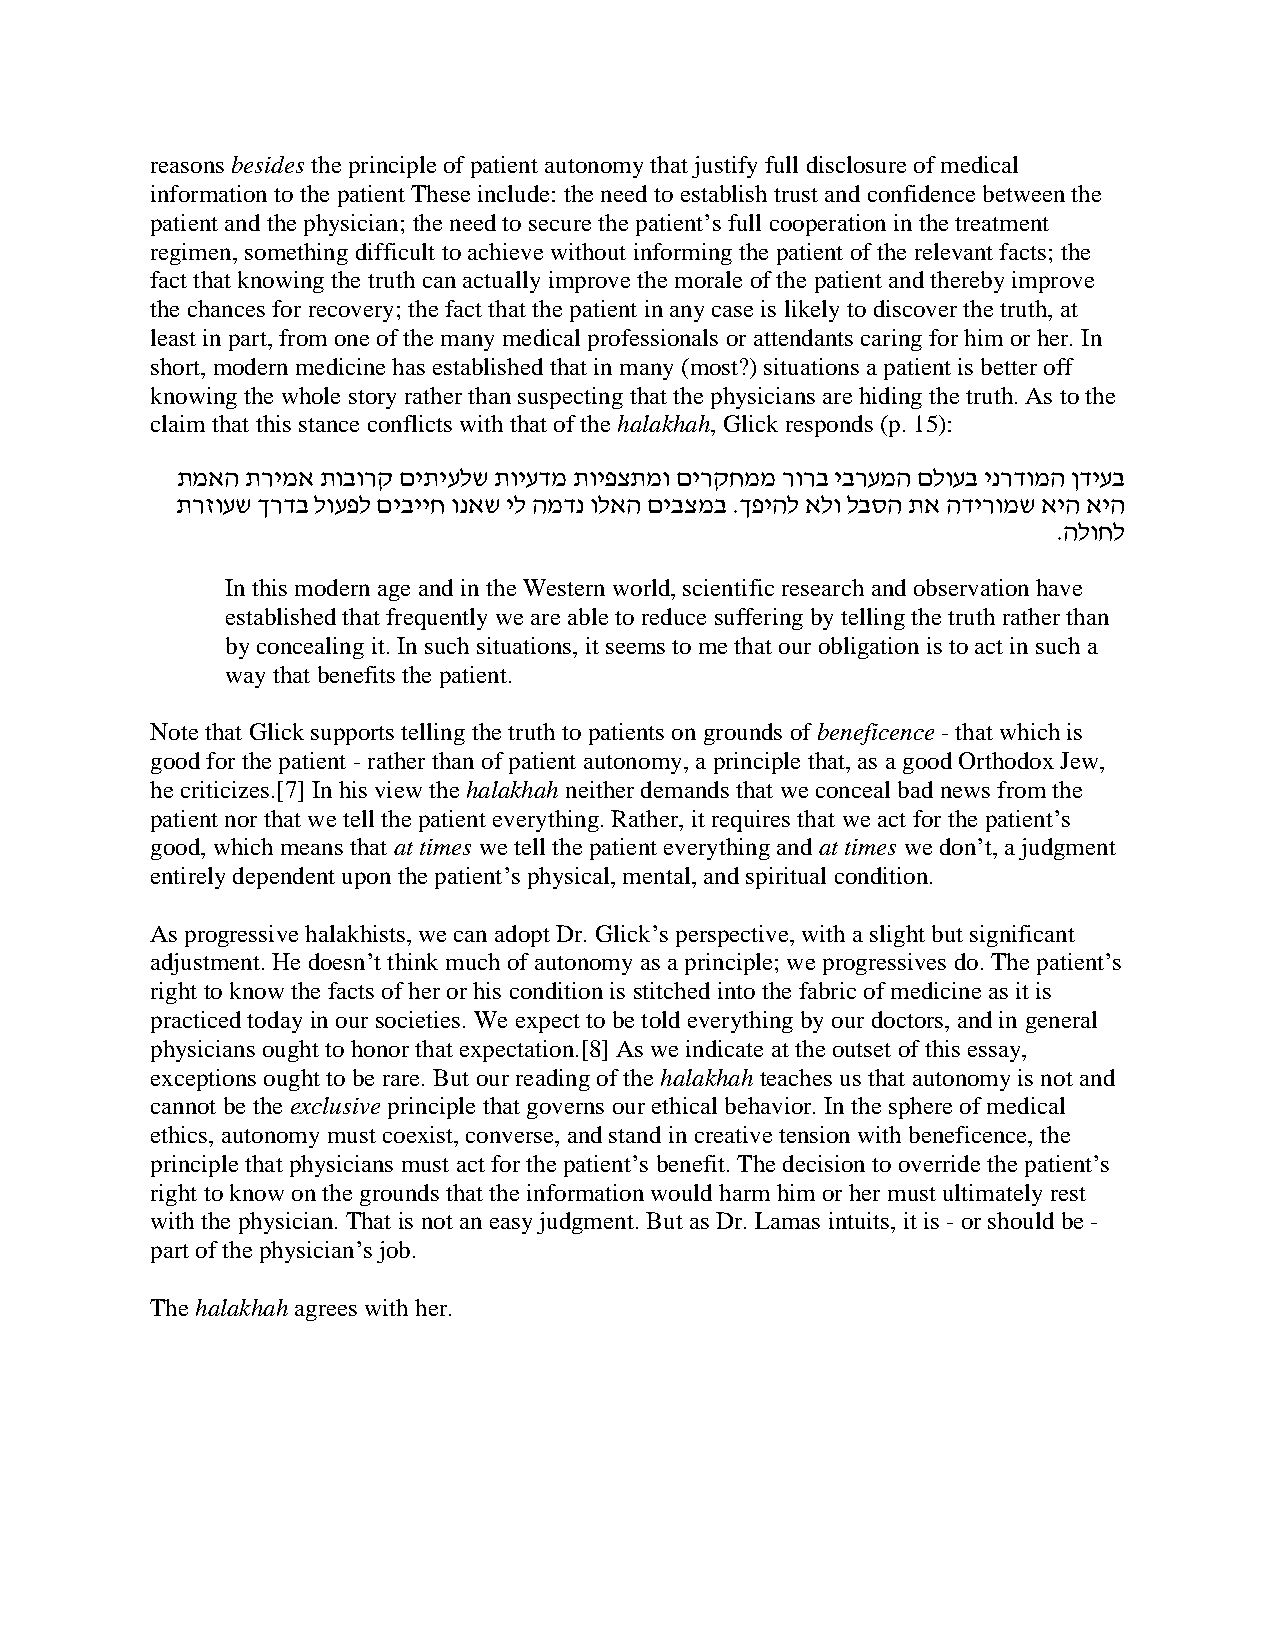
reasons besides the principle of patient autonomy that justify full disclosure of medical
 information to the patient These include: the need to establish trust and confidence between the
 patient and the physician; the need to secure the patient’s full cooperation in the treatment
 regimen, something difficult to achieve without informing the patient of the relevant facts; the
 fact that knowing the truth can actually improve the morale of the patient and thereby improve
 the chances for recovery; the fact that the patient in any case is likely to discover the truth, at
 least in part, from one of the many medical professionals or attendants caring for him or her. In
 short, modern medicine has established that in many (most?) situations a patient is better off
 knowing the whole story rather than suspecting that the physicians are hiding the truth. As to the
 claim that this stance conflicts with that of the halakhah, Glick responds (p. 15):
 תמאה תרימא תובורק םיתיעלש תויעדמ תויפצתמו םירקחממ רורב יברעמה םלועב ינרדומה ןדיעב
 תרזועש ךרדב לועפל םיבייח ונאש יל המדנ ולאה םיבצמב .ךפיהל אלו לבסה תא הדירומש איה איה
 .הלוחל
 In this modern age and in the Western world, scientific research and observation have
 established that frequently we are able to reduce suffering by telling the truth rather than
 by concealing it. In such situations, it seems to me that our obligation is to act in such a
 way that benefits the patient.
 Note that Glick supports telling the truth to patients on grounds of beneficence - that which is
 good for the patient - rather than of patient autonomy, a principle that, as a good Orthodox Jew,
 he criticizes.[7] In his view the halakhah neither demands that we conceal bad news from the
 patient nor that we tell the patient everything. Rather, it requires that we act for the patient’s
 good, which means that at times we tell the patient everything and at times we don’t, a judgment
 entirely dependent upon the patient’s physical, mental, and spiritual condition.
 As progressive halakhists, we can adopt Dr. Glick’s perspective, with a slight but significant
 adjustment. He doesn’t think much of autonomy as a principle; we progressives do. The patient’s
 right to know the facts of her or his condition is stitched into the fabric of medicine as it is
 practiced today in our societies. We expect to be told everything by our doctors, and in general
 physicians ought to honor that expectation.[8] As we indicate at the outset of this essay,
 exceptions ought to be rare. But our reading of the halakhah teaches us that autonomy is not and
 cannot be the exclusive principle that governs our ethical behavior. In the sphere of medical
 ethics, autonomy must coexist, converse, and stand in creative tension with beneficence, the
 principle that physicians must act for the patient’s benefit. The decision to override the patient’s
 right to know on the grounds that the information would harm him or her must ultimately rest
 with the physician. That is not an easy judgment. But as Dr. Lamas intuits, it is - or should be -
 part of the physician’s job.
 The halakhah agrees with her.